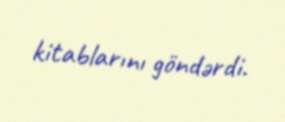
kitablarını göndərdi.